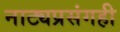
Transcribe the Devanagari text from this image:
नाट्यप्रसंगही